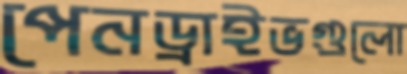
পেনড্রাইভগুলো